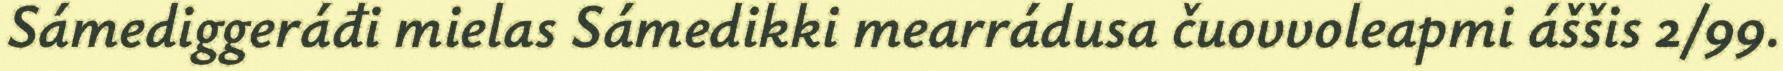
Sámediggeráđi mielas Sámedikki mearrádusa čuovvoleapmi áššis 2/99.